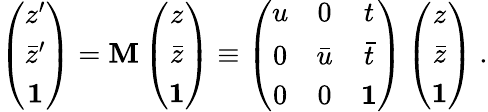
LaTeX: \left(\begin{array}{c}{{z^{\prime}}}\\ {{\bar{z}^{\prime}}}\\ {{\mathbf 1}}\end{array}\right)={\mathbf M}\left(\begin{array}{c}{{z}}\\ {{\bar{z}}}\\ {{\mathbf 1}}\end{array}\right)\equiv\left(\begin{array}{ccc}{{u}}&{{0}}&{{t}}\\ {{0}}&{{\bar{u}}}&{{\bar{t}}}\\ {{0}}&{{0}}&{{{\mathbf 1}}}\end{array}\right)\left(\begin{array}{c}{{z}}\\ {{\bar{z}}}\\ {{\mathbf 1}}\end{array}\right)\ .